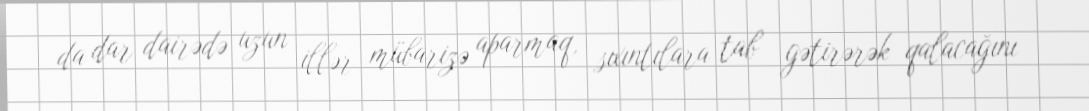
da dar dairədə uzun illər mübarizə aparmaq, sıxıntılara tab gətirərək qalacağını